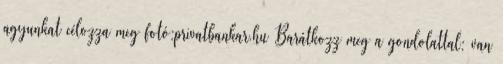
agyunkat célozza meg fotó:privatbankar.hu Barátkozz meg a gondolattal: van